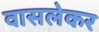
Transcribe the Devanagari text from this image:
वासलेकर